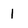
Character: 1